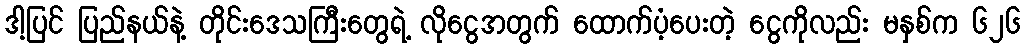
ဒါ့ပြင် ပြည်နယ်နဲ့ တိုင်းဒေသကြီးတွေရဲ့ လိုငွေအတွက် ထောက်ပံ့ပေးတဲ့ ငွေကိုလည်း မနှစ်က ၆၂၆